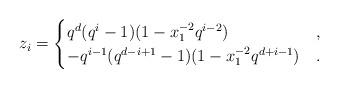
LaTeX: \begin{align*} z_i = \begin{cases} q^d (q^i-1) (1 - x_1^{-2} q^{i-2}) & , \\ - q^{i-1} (q^{d-i+1}-1)(1 - x_1^{-2} q^{d+i-1}) & . \end{cases}\end{align*}